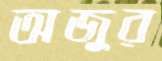
অজুর